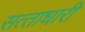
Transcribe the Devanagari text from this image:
सत्‍ताधारी